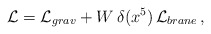
\begin{align*}\mathcal{L}=\mathcal{L}_{grav}+W\,\delta(x^5)\,\mathcal{L}_{brane}\, ,\end{align*}